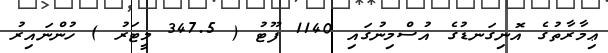
ޢިމާރާތުގެ އޮނިގަނޑުގެ އުސްމިނުގައި 1140 ފޫޓު ( 347.5 މީޓަރު ) ހުންނައިރު